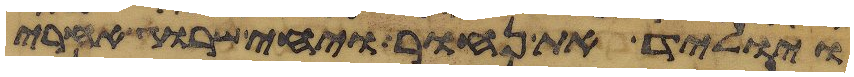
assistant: ויוליד את נחור ויחי שרוג אחרי